Note on the mental hospitals in Burma - 1925-1940
Year: 1925
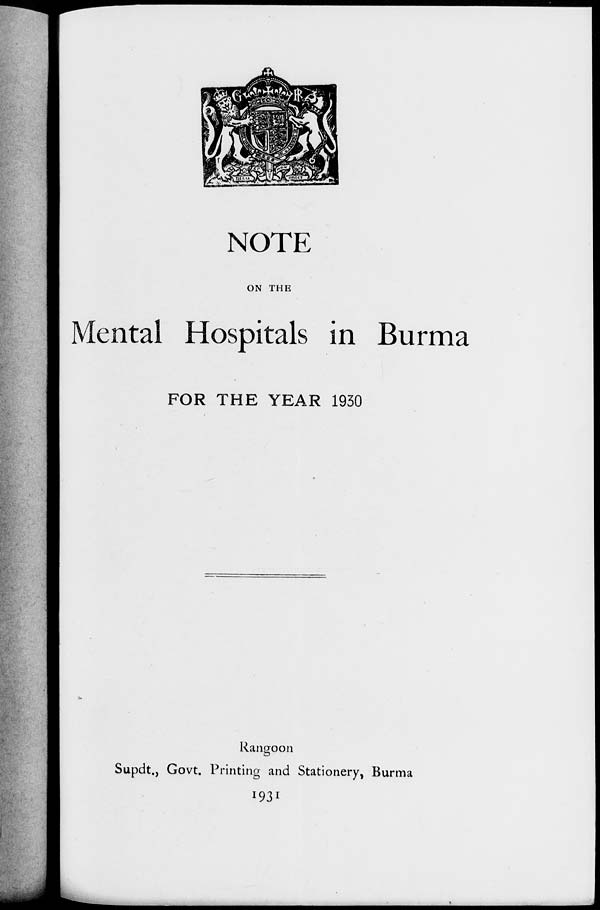
NOTE
ON THE
Mental Hospitals in Burma
FOR THE YEAR 1930
Rangoon
Supdt., Govt. Printing and Stationery, Burma
1931